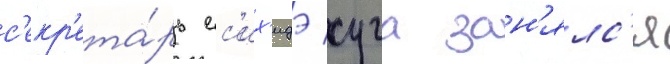
с'екр'ета́рь ес'их'идэ суга зан'ялс'я